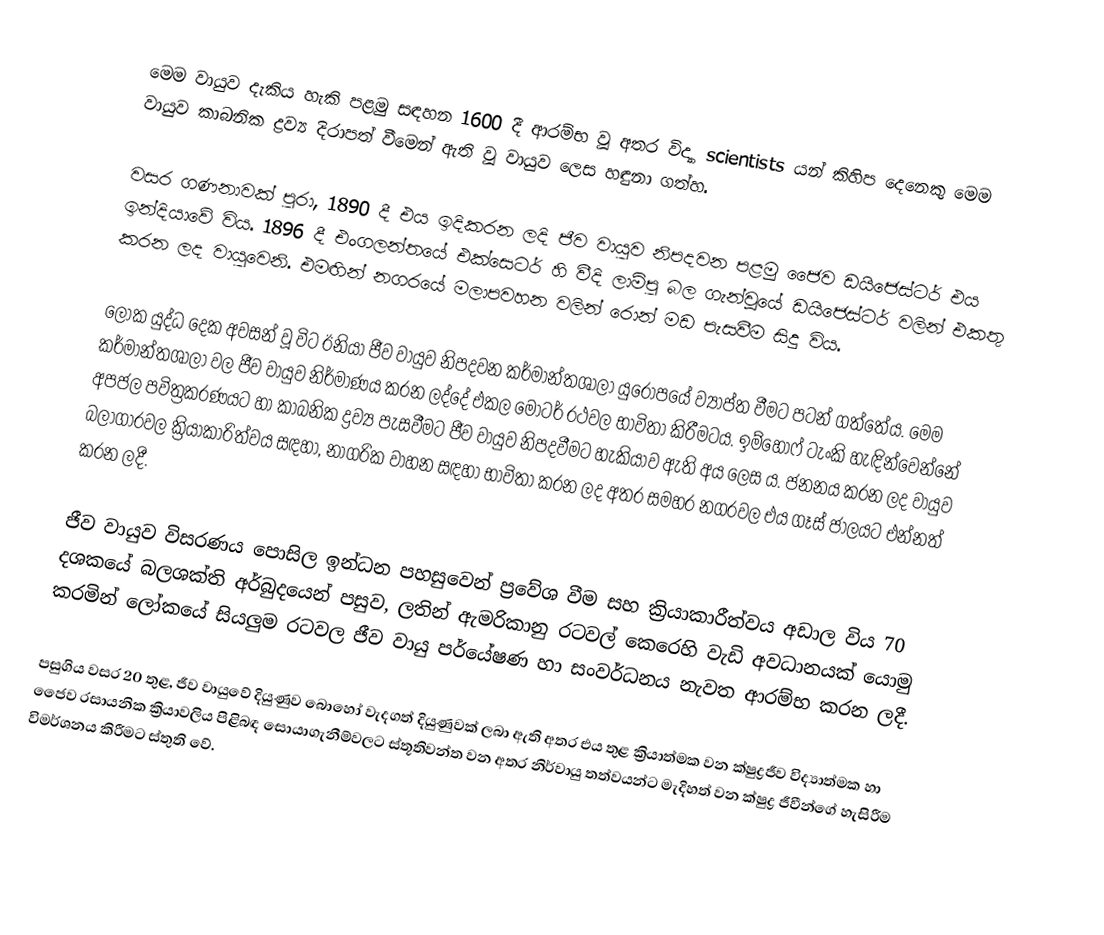
මෙම වායුව දැකිය හැකි පළමු සඳහන 1600 දී ආරම්භ වූ අතර විද්‍යා scientists යන් කිහිප දෙනෙකු මෙම වායුව කාබනික ද්‍රව්‍ය දිරාපත් වීමෙන් ඇති වූ වායුව ලෙස හඳුනා ගත්හ.

වසර ගණනාවක් පුරා, 1890 දී එය ඉදිකරන ලදි ජීව වායුව නිපදවන පළමු ජෛව ඩයිජෙස්ටර් එය ඉන්දියාවේ විය. 1896 දී එංගලන්තයේ එක්සෙටර් හි වීදි ලාම්පු බල ගැන්වූයේ ඩයිජෙස්ටර් වලින් එකතු කරන ලද වායුවෙනි. එමඟින් නගරයේ මලාපවහන වලින් රොන් මඩ පැසවීම සිදු විය.

ලෝක යුද්ධ දෙක අවසන් වූ විට ඊනියා ජීව වායුව නිපදවන කර්මාන්තශාලා යුරෝපයේ ව්‍යාප්ත වීමට පටන් ගත්තේය. මෙම කර්මාන්තශාලා වල ජීව වායුව නිර්මාණය කරන ලද්දේ එකල මෝටර් රථවල භාවිතා කිරීමටය. ඉම්හෝෆ් ටැංකි හැඳින්වෙන්නේ අපජල පවිත්‍රකරණයට හා කාබනික ද්‍රව්‍ය පැසවීමට ජීව වායුව නිපදවීමට හැකියාව ඇති අය ලෙස ය. ජනනය කරන ලද වායුව බලාගාරවල ක්‍රියාකාරිත්වය සඳහා, නාගරික වාහන සඳහා භාවිතා කරන ලද අතර සමහර නගරවල එය ගෑස් ජාලයට එන්නත් කරන ලදී.

ජීව වායුව විසරණය පොසිල ඉන්ධන පහසුවෙන් ප්‍රවේශ වීම සහ ක්‍රියාකාරීත්වය අඩාල විය 70 දශකයේ බලශක්ති අර්බුදයෙන් පසුව, ලතින් ඇමරිකානු රටවල් කෙරෙහි වැඩි අවධානයක් යොමු කරමින් ලෝකයේ සියලුම රටවල ජීව වායු පර්යේෂණ හා සංවර්ධනය නැවත ආරම්භ කරන ලදී.

පසුගිය වසර 20 තුළ, ජීව වායුවේ දියුණුව බොහෝ වැදගත් දියුණුවක් ලබා ඇති අතර එය තුළ ක්‍රියාත්මක වන ක්ෂුද්‍රජීව විද්‍යාත්මක හා ජෛව රසායනික ක්‍රියාවලිය පිළිබඳ සොයාගැනීම්වලට ස්තූතිවන්ත වන අතර නිර්වායු තත්වයන්ට මැදිහත් වන ක්ෂුද්‍ර ජීවීන්ගේ හැසිරීම විමර්ශනය කිරීමට ස්තුති වේ.